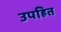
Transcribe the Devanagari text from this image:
उपहित